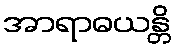
အာရာဓယန္တိ